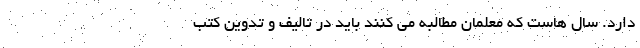
دارد. سال هاست که معلمان مطالبه می کنند باید در تالیف و تدوین کتب